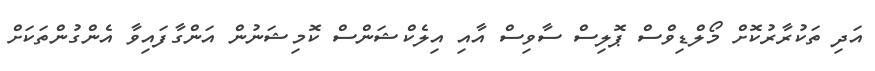
އަދި ތަކުރާރުކޮށް މޯލްޑިވްސް ޕޮލިސް ސާވިސް އާއި އިލެކްޝަންސް ކޮމިޝަނުން އަންގާފައިވާ އެންގުންތަކަށް